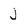
Character: j